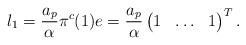
LaTeX: \begin{align*}l_1=\frac{a_p}{\alpha} \pi^c(1)e= \frac{a_p}{\alpha}\begin{pmatrix} 1 & \hdots &1 \end{pmatrix} ^T.\end{align*}